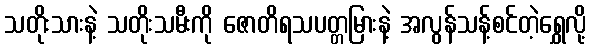
သတိုးသားနဲ့ သတိုးသမီးကို ဇောတိရသပတ္တမြားနဲ့ အလွန်သန့်စင်တဲ့ရွှေလို့